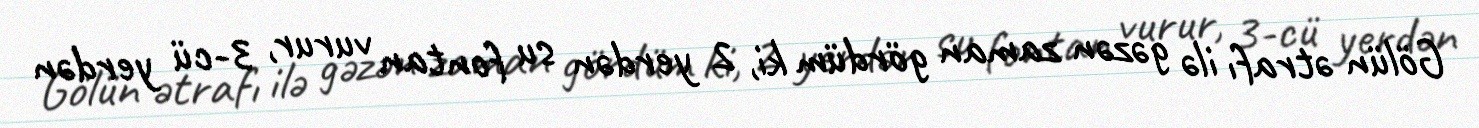
Gölün ətrafı ilə gəzən zaman gördüm ki, 2 yerdən su fontan vurur, 3-cü yerdən